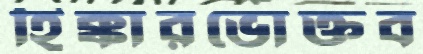
হিক্কারভোক্তব